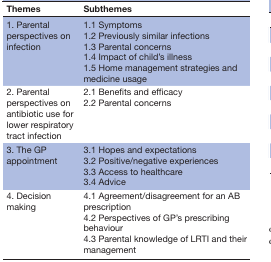
<table><thead><tr><td><b>Themes</b></td><td><b>Subthemes</b></td></tr></thead><tbody><tr><td>1. Parental perspectives on infection</td><td>1.1 Symptoms 1.2 Previously similar infections 1.3 Parental concerns 1.4 Impact of child’s illness 1.5 Home management strategies and medicine usage</td></tr><tr><td>2. Parental perspectives on antibiotic use for lower respiratory tract infection</td><td>2.1 Benefits and efficacy 2.2 Parental concerns</td></tr><tr><td>3. The GP appointment</td><td>3.1 Hopes and expectations 3.2 Positive/negative experiences 3.3 Access to healthcare 3.4 Advice</td></tr><tr><td>4. Decision making</td><td>4.1 Agreement/disagreement for an AB prescription 4.2 Perspectives of GP’s prescribing behaviour 4.3 Parental knowledge of LRTI and their management</td></tr></tbody></table>